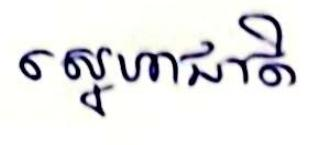
ស្នេហាជាតិ